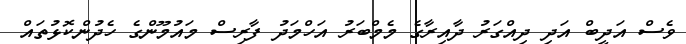
ވެސް އަދީބް އަދި ދިއްގަރު ދާއިރާގެ މެމްބަރު އަހްމަދު ފާރިސް މައުމޫންގެ ހެދުންކޮޅުތައް